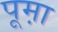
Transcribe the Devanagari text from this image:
पूम़ा